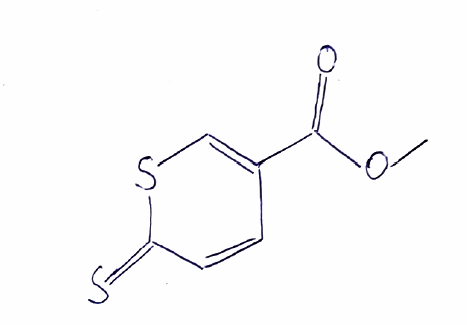
Simplified molecular-input line-entry system (SMILES) notation of the given molecule:
COC(=O)C1=CSC(=S)C=C1